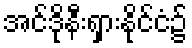
အင်ဒိုနီးရှားနိုင်ငံ၌